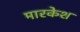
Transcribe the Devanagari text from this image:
मारकेश